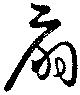
扇